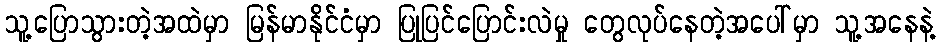
သူ့ပြောသွားတဲ့အထဲမှာ မြန်မာနိုင်ငံမှာ ပြုပြင်ပြောင်းလဲမှု တွေလုပ်နေတဲ့အပေါ်မှာ သူ့အနေနဲ့